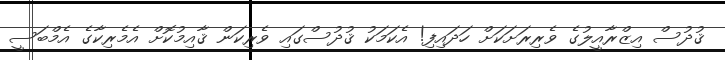
ޤުދުސް އިޒްރާއީލުގެ ވެރިރަށަކަށް ހަދައިފި! އެކަމަކު ޤުދުސްގައި ވެރިކަން ޤާއިމުކޮށް އެމެރިކާގެ އެމްބަސީ